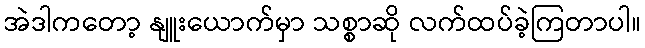
အဲဒါကတော့ နျူးယောက်မှာ သစ္စာဆို လက်ထပ်ခဲ့ကြတာပါ။